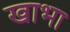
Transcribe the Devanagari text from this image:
खाभा